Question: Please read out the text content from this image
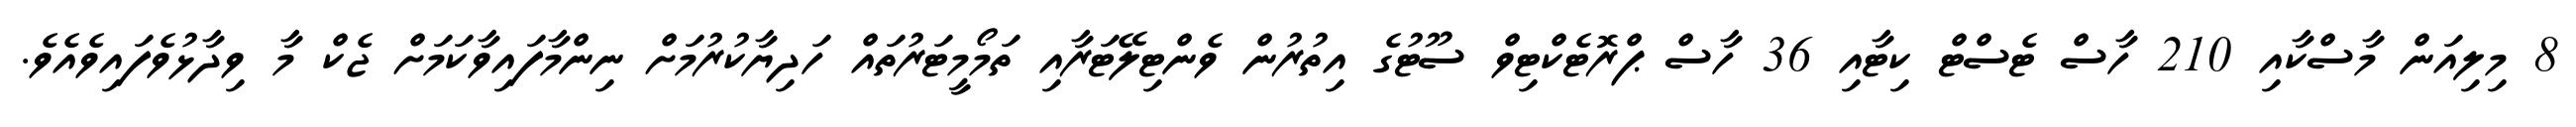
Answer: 8 މިލިއަން މާސްކާއި 210 ހާސް ޓެސްޓް ކިޓާއި 36 ހާސް ޕްރޮޓެކްޓިވް ސޫޓުގެ އިތުރުން ވެންޓިލޭޓަރާއި ތަމޯމީޓަރުތައް ހަދިޔާކުރުމަށް ނިންމާފައިވާކަމަށް ޖެކް މާ ވިދާޅުވެފައިވެއެވެ.